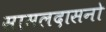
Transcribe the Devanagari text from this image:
सामलदासनो